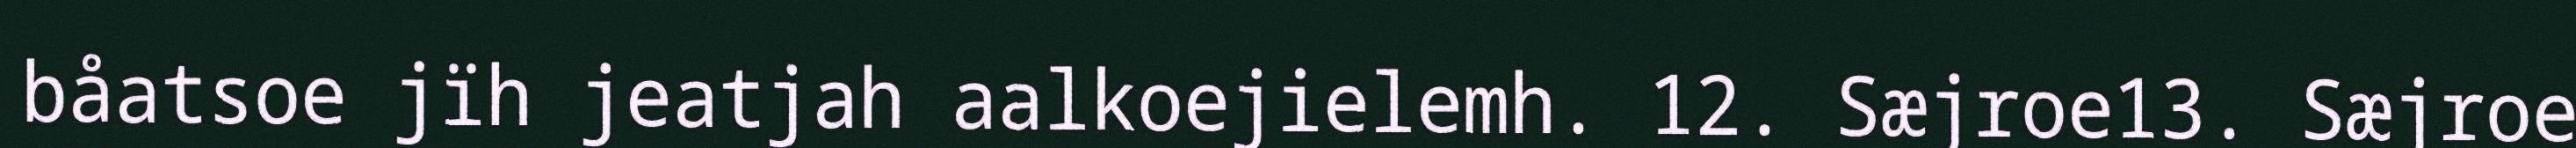
båatsoe jïh jeatjah aalkoejielemh. 12. Sæjroe13. Sæjroe